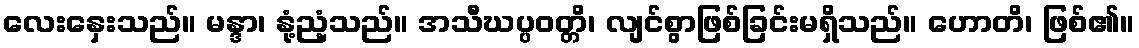
လေးနှေးသည်။ မန္ဒာ၊ နုံ့ညံ့သည်။ အသီဃပ္ပဝတ္တိ၊ လျင်စွာဖြစ်ခြင်းမရှိသည်။ ဟောတိ၊ ဖြစ်၏။